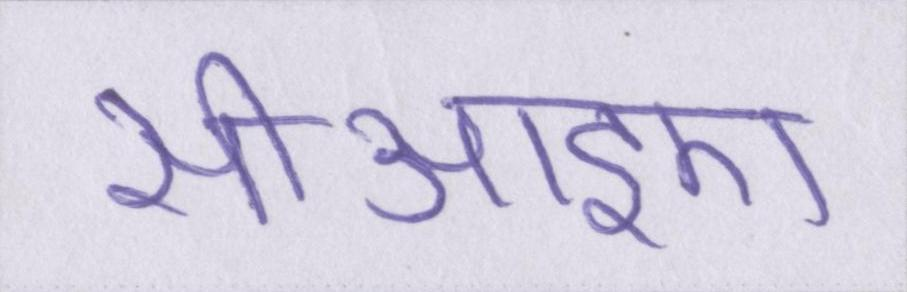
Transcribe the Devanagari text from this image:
सीआइए